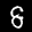
Label: 8